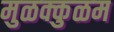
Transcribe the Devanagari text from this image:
मुळक्कुळम